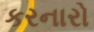
કરનારો